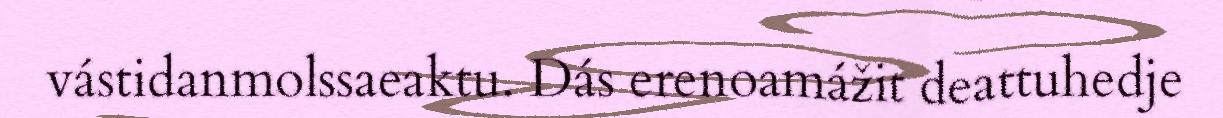
vástidanmolssaeaktu. Dás erenoamážit deattuhedje